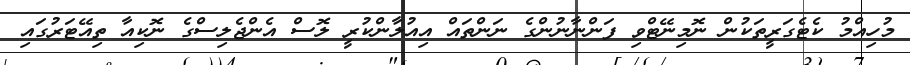
މުހިއްމު ކެޓެގަރީތަކުން ނޮމިނޭޓްވި ފަންނާނުންގެ ނަންތައް އިއުލާންކުރީ ލޮސް އެންޖެލިސްގެ ނޮކިއާ ތިއޭޓަރުގައި